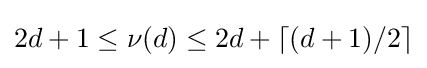
2d+1\leq \nu (d)\leq 2d+\lceil (d+1)/2\rceil